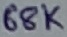
Text: 68K